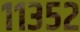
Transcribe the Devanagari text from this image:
११३५२